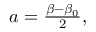
\begin{array} { r } { a = \frac { \beta - \beta _ { 0 } } { 2 } , } \end{array}